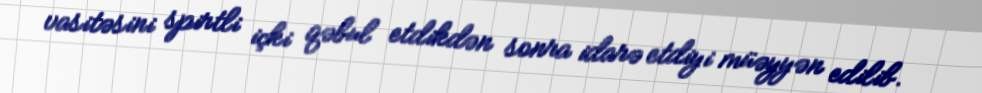
vasitəsini spirtli içki qəbul etdikdən sonra idarə etdiyi müəyyən edilib.